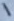
Text: 1